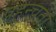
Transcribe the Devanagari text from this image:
पहुन्चता